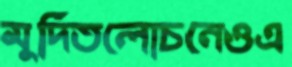
মুদিতলোচনেওএ